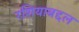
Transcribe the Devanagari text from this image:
रशियाबद्दल